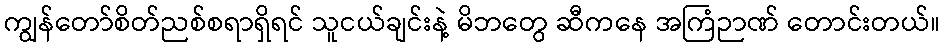
ကျွန်တော်စိတ်ညစ်စရာရှိရင် သူငယ်ချင်းနဲ့ မိဘတွေ ဆီကနေ အကြံဉာဏ် တောင်းတယ်။